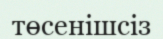
төсенішсіз